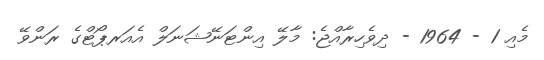
މެއި 1 - 1964 - ދިވެހިރާއްޖެ: މާލޭ އިންޓަނޭޝަނަލް އެއަރޕޯޓްގެ ރަންވޭ